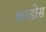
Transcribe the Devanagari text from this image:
अल्डोस